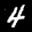
Label: 4